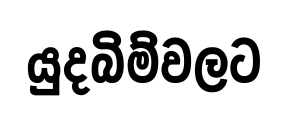
යුදබිම්වලට